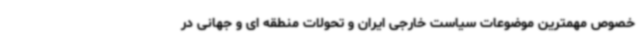
خصوص مهمترین موضوعات سیاست خارجی ایران و تحولات منطقه ای و جهانی در